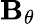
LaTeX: \mathbf{B}_{\theta}